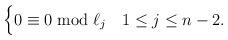
LaTeX: \begin{align*}\begin{cases} 0 \equiv 0 \bmod \ell_j & 1 \leq j \leq n-2.\end{cases}\end{align*}